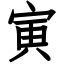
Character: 寅